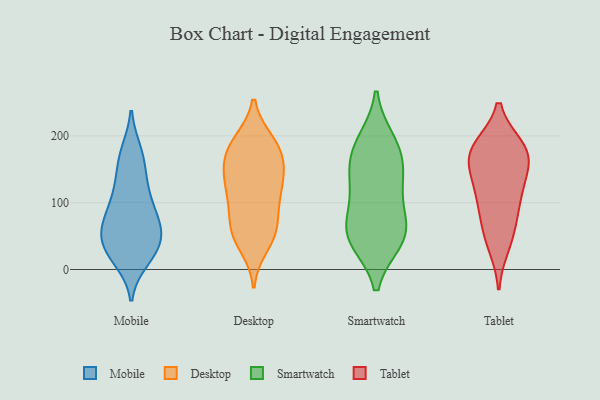
{"axis": {"x": "LTV (USD)", "y": "Value"}, "legend": ["Desktop", "Mobile", "Smartwatch", "Tablet"], "data": [{"x": "", "y": 95, "type": "Mobile"}, {"x": "", "y": 50, "type": "Mobile"}, {"x": "", "y": 28, "type": "Mobile"}, {"x": "", "y": 27, "type": "Mobile"}, {"x": "", "y": 174, "type": "Mobile"}, {"x": "", "y": 15, "type": "Mobile"}, {"x": "", "y": 91, "type": "Mobile"}, {"x": "", "y": 69, "type": "Mobile"}, {"x": "", "y": 23, "type": "Mobile"}, {"x": "", "y": 109, "type": "Mobile"}, {"x": "", "y": 61, "type": "Mobile"}, {"x": "", "y": 63, "type": "Mobile"}, {"x": "", "y": 56, "type": "Mobile"}, {"x": "", "y": 124, "type": "Mobile"}, {"x": "", "y": 62, "type": "Mobile"}, {"x": "", "y": 134, "type": "Mobile"}, {"x": "", "y": 160, "type": "Mobile"}, {"x": "", "y": 176, "type": "Mobile"}, {"x": "", "y": 27, "type": "Mobile"}, {"x": "", "y": 35, "type": "Desktop"}, {"x": "", "y": 191, "type": "Desktop"}, {"x": "", "y": 49, "type": "Desktop"}, {"x": "", "y": 162, "type": "Desktop"}, {"x": "", "y": 189, "type": "Desktop"}, {"x": "", "y": 106, "type": "Desktop"}, {"x": "", "y": 55, "type": "Desktop"}, {"x": "", "y": 133, "type": "Desktop"}, {"x": "", "y": 118, "type": "Desktop"}, {"x": "", "y": 148, "type": "Desktop"}, {"x": "", "y": 170, "type": "Desktop"}, {"x": "", "y": 192, "type": "Desktop"}, {"x": "", "y": 101, "type": "Desktop"}, {"x": "", "y": 72, "type": "Desktop"}, {"x": "", "y": 176, "type": "Desktop"}, {"x": "", "y": 144, "type": "Desktop"}, {"x": "", "y": 127, "type": "Desktop"}, {"x": "", "y": 52, "type": "Desktop"}, {"x": "", "y": 75, "type": "Desktop"}, {"x": "", "y": 73, "type": "Smartwatch"}, {"x": "", "y": 181, "type": "Smartwatch"}, {"x": "", "y": 172, "type": "Smartwatch"}, {"x": "", "y": 191, "type": "Smartwatch"}, {"x": "", "y": 44, "type": "Smartwatch"}, {"x": "", "y": 55, "type": "Smartwatch"}, {"x": "", "y": 114, "type": "Smartwatch"}, {"x": "", "y": 56, "type": "Smartwatch"}, {"x": "", "y": 45, "type": "Smartwatch"}, {"x": "", "y": 142, "type": "Smartwatch"}, {"x": "", "y": 132, "type": "Smartwatch"}, {"x": "", "y": 182, "type": "Tablet"}, {"x": "", "y": 76, "type": "Tablet"}, {"x": "", "y": 107, "type": "Tablet"}, {"x": "", "y": 125, "type": "Tablet"}, {"x": "", "y": 180, "type": "Tablet"}, {"x": "", "y": 37, "type": "Tablet"}, {"x": "", "y": 54, "type": "Tablet"}, {"x": "", "y": 152, "type": "Tablet"}, {"x": "", "y": 171, "type": "Tablet"}, {"x": "", "y": 109, "type": "Tablet"}, {"x": "", "y": 180, "type": "Tablet"}, {"x": "", "y": 165, "type": "Tablet"}]}